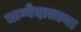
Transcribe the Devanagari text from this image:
ऋग्वेदातल्या